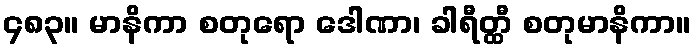
၄၈၃။ မာနိကာ စတုရော ဒေါဏာ၊ ခါရီတ္ထီ စတုမာနိကာ။